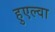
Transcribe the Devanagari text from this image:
हुएल्वा